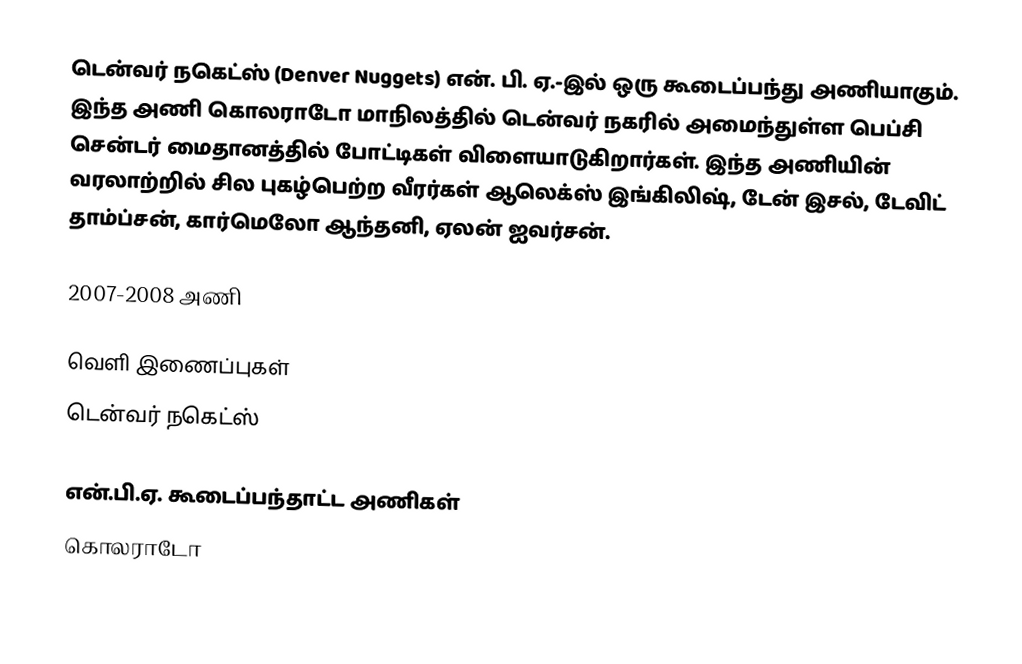
டென்வர் நகெட்ஸ் (Denver Nuggets) என். பி. ஏ.-இல் ஒரு கூடைப்பந்து அணியாகும். இந்த அணி கொலராடோ மாநிலத்தில் டென்வர் நகரில் அமைந்துள்ள பெப்சி சென்டர் மைதானத்தில் போட்டிகள் விளையாடுகிறார்கள். இந்த அணியின் வரலாற்றில் சில புகழ்பெற்ற வீரர்கள் ஆலெக்ஸ் இங்கிலிஷ், டேன் இசல், டேவிட் தாம்ப்சன், கார்மெலோ ஆந்தனி, ஏலன் ஐவர்சன்.

2007-2008 அணி

வெளி இணைப்புகள்
 டென்வர் நகெட்ஸ்

என்.பி.ஏ. கூடைப்பந்தாட்ட அணிகள்
கொலராடோ